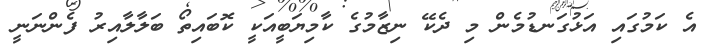
އެ ކަމުގައި އަޅުގަނޑުމެން މި ދެކޭ ނިޒާމުގެ ކާމިޔަބީއަކީ ކޮބައިތޯ ބަލާލާއިރު ފެންނަނީ